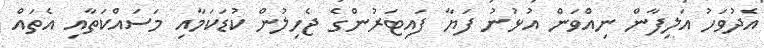
އެދުވަހު އަލިފާން ނިއްވަން އުޅުނު ފަޔާ ފައިޓަރުންގެ ޖެހިލުން ކުޑަކަމާއި މަސައްކަތާއި އެތައް